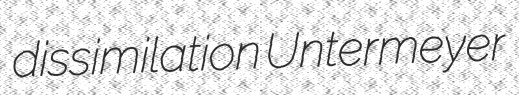
dissimilation Untermeyer